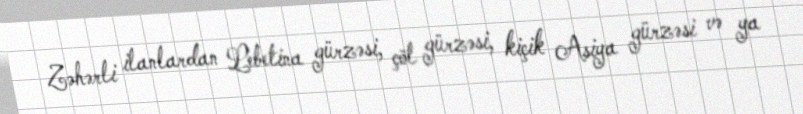
Zəhərli ilanlardan Lebetina gürzəsi, çöl gürzəsi, kiçik Asiya gürzəsi və ya